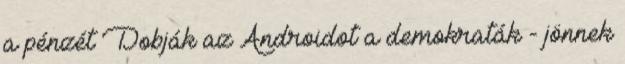
a pénzét Dobják az Androidot a demokraták - jönnek